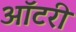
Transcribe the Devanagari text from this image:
ऑटरी